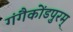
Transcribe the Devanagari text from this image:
गंगैकोंडपुरम्